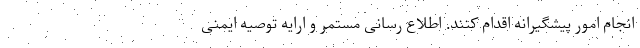
انجام امور پیشگیرانه اقدام کنند. اطلاع رسانی مستمر و ارایه توصیه ایمنی